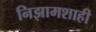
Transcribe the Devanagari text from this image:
निझामशाही